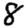
Digit: 8